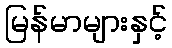
မြန်မာများနှင့်